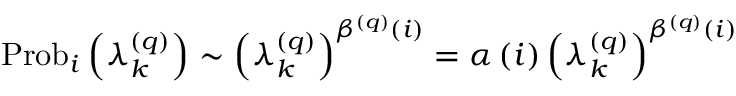
\operatorname { P r o b } _ { i } \left( \lambda _ { k } ^ { \left( q \right) } \right) \sim \left( \lambda _ { k } ^ { \left( q \right) } \right) ^ { \beta ^ { \left( q \right) } \left( i \right) } = \alpha \left( i \right) \left( \lambda _ { k } ^ { \left( q \right) } \right) ^ { \beta ^ { \left( q \right) } \left( i \right) }